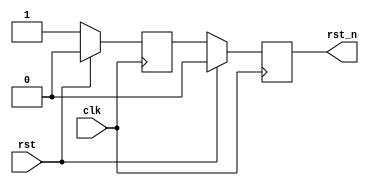
/* This file is part of JT12.


    JT12 program is free software: you can redistribute it and/or modify
    it under the terms of the GNU General Public License as published by
    the Free Software Foundation, either version 3 of the License, or
    (at your option) any later version.

    JT12 program is distributed in the hope that it will be useful,
    but WITHOUT ANY WARRANTY; without even the implied warranty of
    MERCHANTABILITY or FITNESS FOR A PARTICULAR PURPOSE.  See the
    GNU General Public License for more details.

    You should have received a copy of the GNU General Public License
    along with JT12.  If not, see <http://www.gnu.org/licenses/>.

    Author: Jose Tejada Gomez. Twitter: @topapate
    Version: 1.0
    Date: 21-03-2019
*/

module jt12_rst(
    input   rst,
    input   clk,
    output  reg rst_n
);

reg r;

always @(negedge clk)
    if( rst ) begin
        r     <= 1'b0;
        rst_n <= 1'b0;
    end else begin
        { rst_n, r } <= { r, 1'b1 };
    end

endmodule // jt12_rst